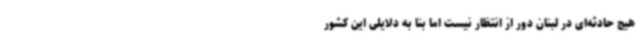
هیچ حادثه‌ای در لبنان دور از انتظار نیست اما بنا به دلایلی این کشور